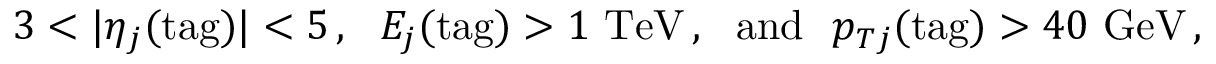
3 < | \eta _ { j } ( \mathrm { t a g } ) | < 5 \, , \ \ E _ { j } ( \mathrm { t a g } ) > 1 ~ \mathrm { T e V } \, , \ \ \mathrm { a n d } \ \ p _ { T j } ( \mathrm { t a g } ) > 4 0 ~ \mathrm { G e V } \, ,